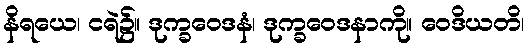
နိရယေ၊ ငရဲ၌။ ဒုက္ခဝေဒနံ၊ ဒုက္ခဝေဒနာကို။ ဝေဒိယတိ၊